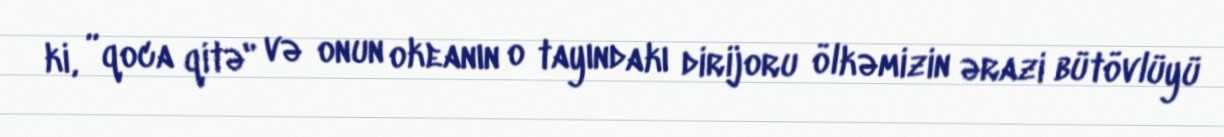
ki, ”qoca qitə" və onun okeanın o tayındakı dirijoru ölkəmizin ərazi bütövlüyü